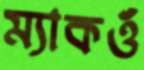
ম্যাকওঁ